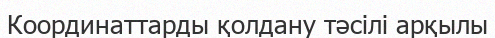
Координаттарды қолдану тәсілі арқылы